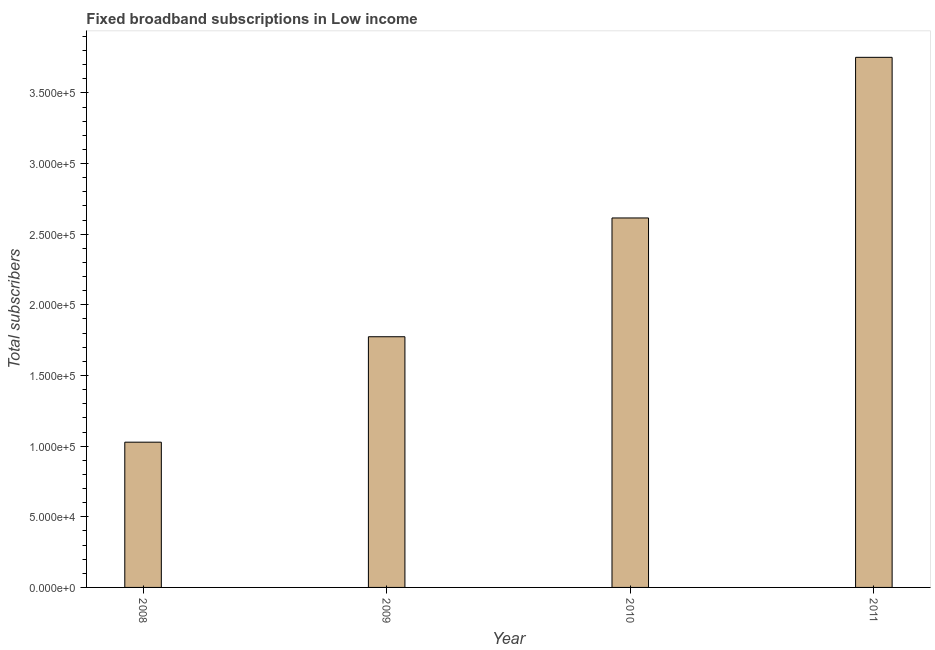
| Year | Fixed broadband subscriptions |
 | --- | --- |
 | 2008 | 1.03e+05 |
 | 2009 | 1.77e+05 |
 | 2010 | 2.62e+05 |
 | 2011 | 3.75e+05 |